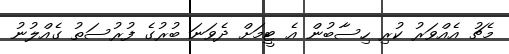
މެޗު އެއްވަރު ކުރި ހިސާބުން އެ ޓީމަށް ދެވަނަ ބުރުގެ ފުރުސަތު ގެއްލުނު